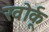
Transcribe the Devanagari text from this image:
खोर्कू